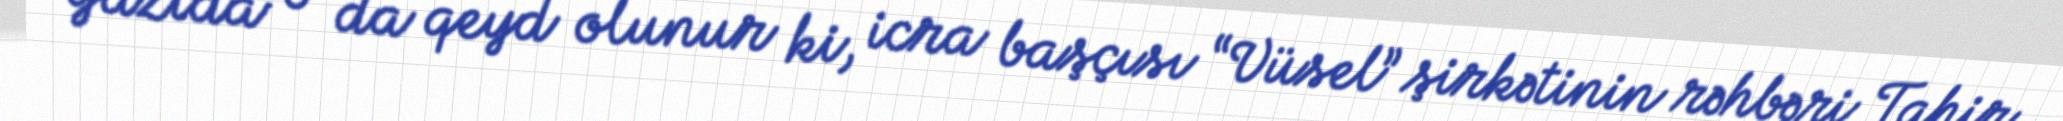
Yazıda o da qeyd olunur ki, icra başçısı “Vüsel” şirkətinin rəhbəri Tahir